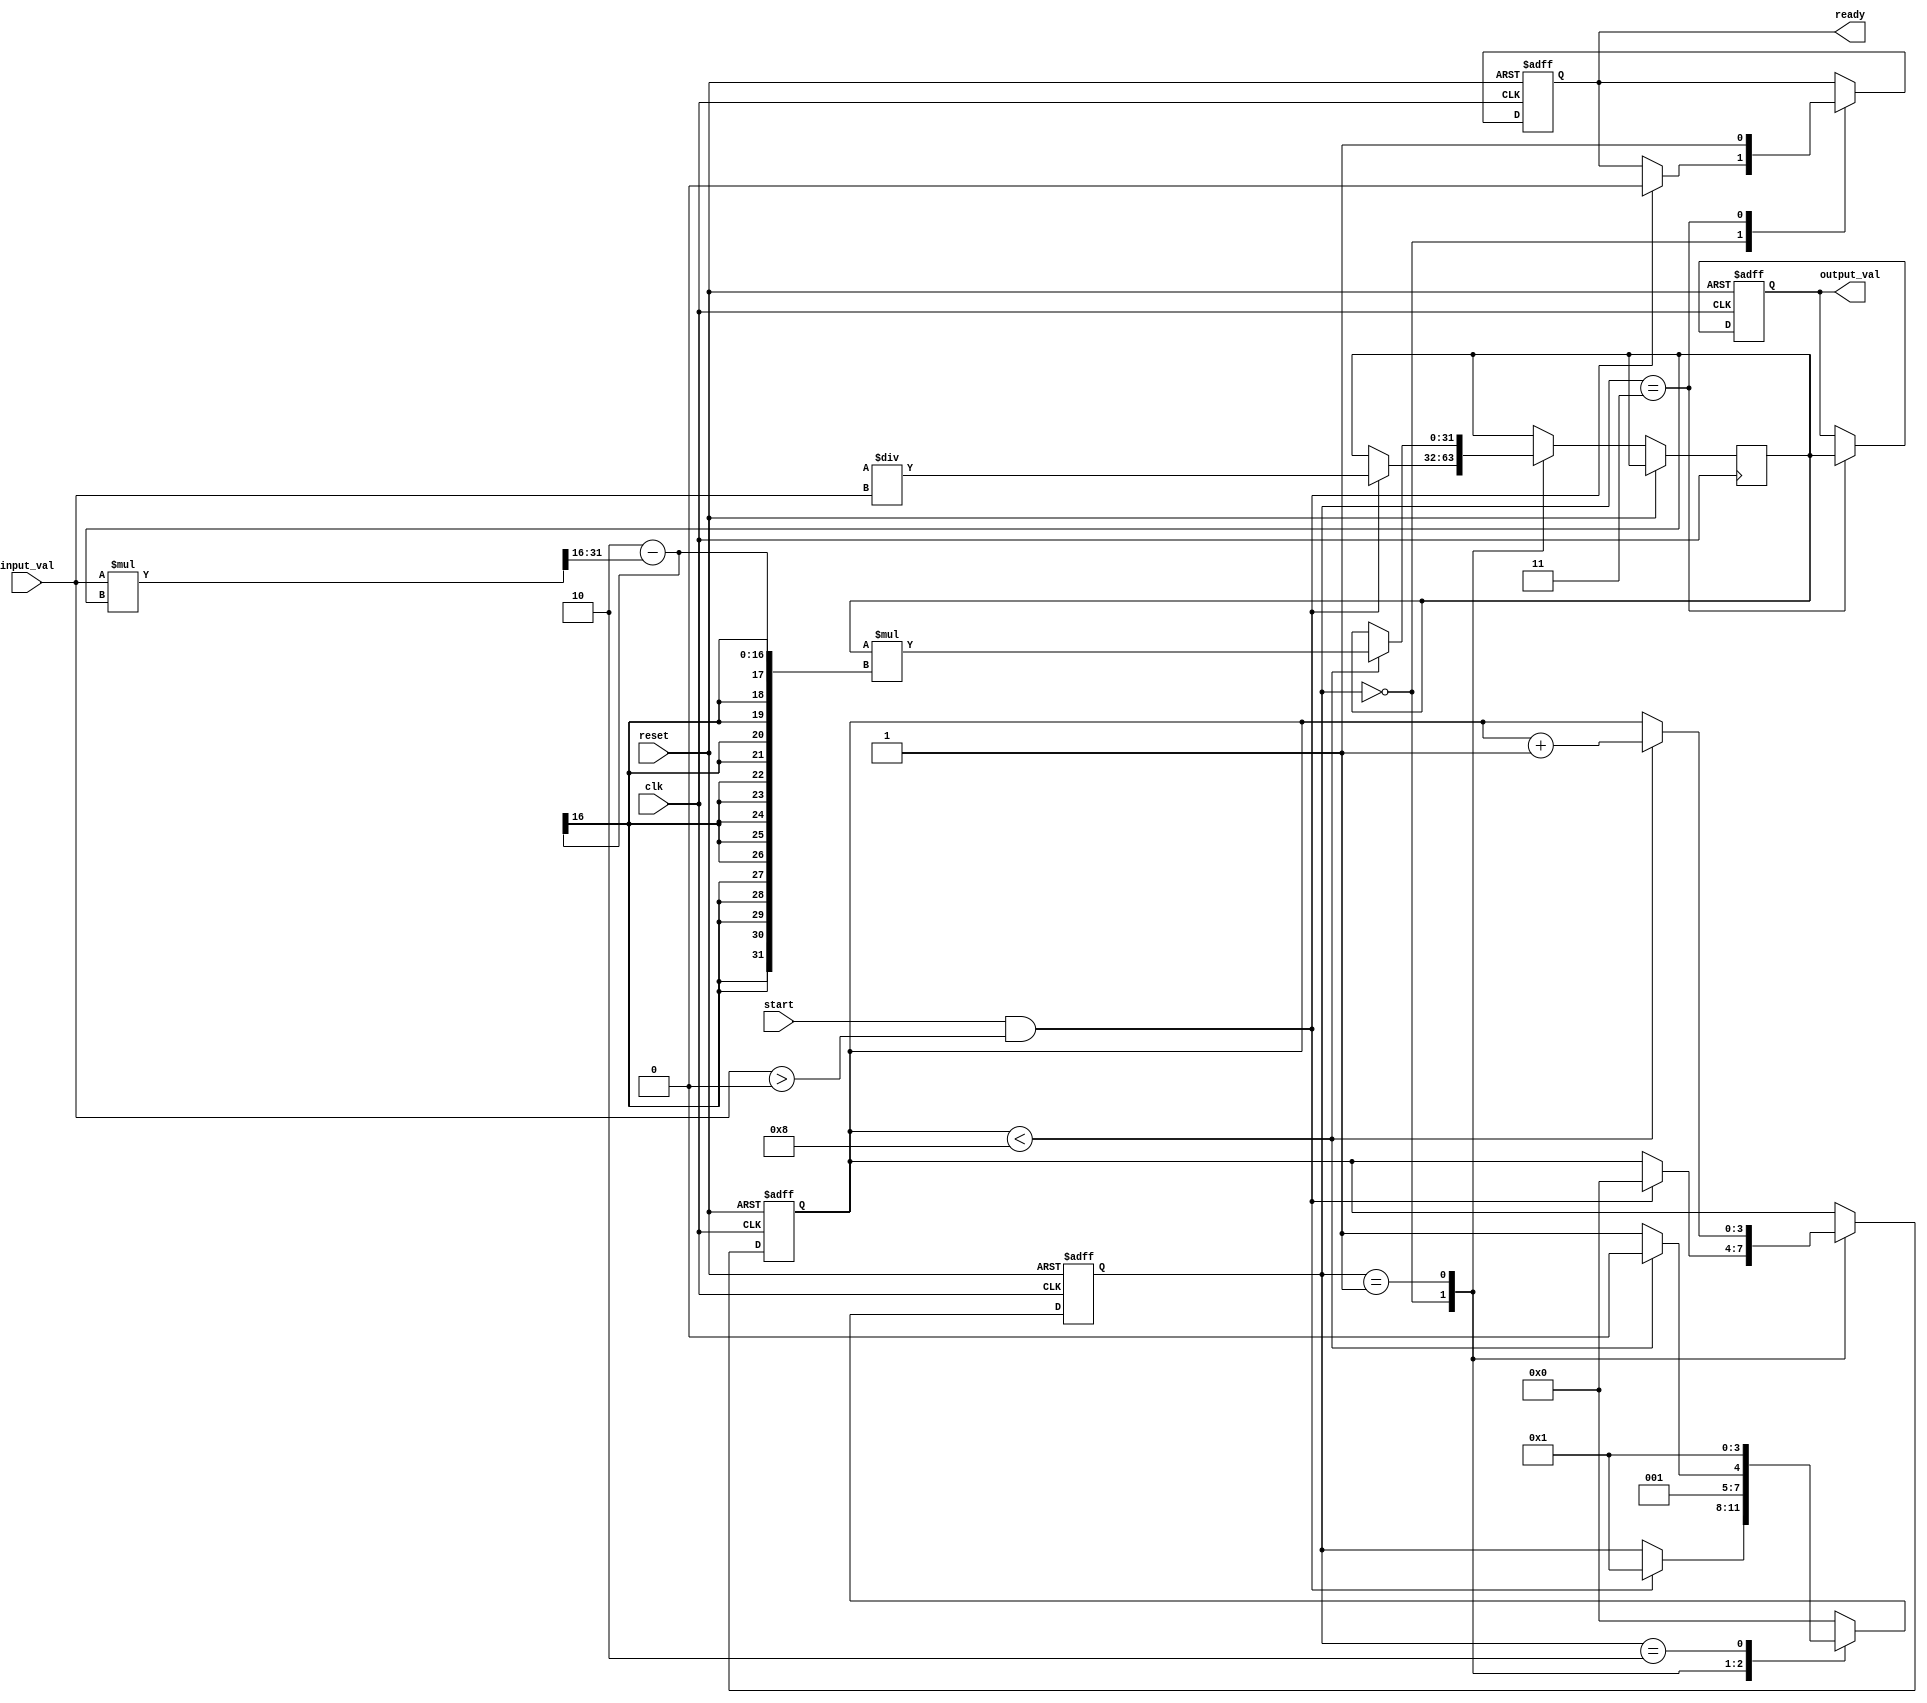
module BinaryFractionalReciprocal #(
    parameter N = 16,    // Input width
    parameter M = 32     // Output width
)(
    input wire clk,
    input wire reset,
    input wire start,
    input wire [N-1:0] input_val,
    output reg [M-1:0] output_val,
    output reg ready
);

    reg [M-1:0] approx; // Internal approximation for reciprocal
    reg [3:0] state; // FSM State
    reg [3:0] counter; // Counter for iterations
    
    localparam IDLE = 4'b0000,
               INIT = 4'b0001,
               ITERATE = 4'b0010,
               DONE = 4'b0011;

    // Initialize the output
    always @(posedge clk or posedge reset) begin
        if (reset) begin
            output_val <= 0;
            ready <= 0;
            state <= IDLE;
            counter <= 0;
        end else begin
            case (state)
                IDLE: begin
                    if (start && input_val > 0) begin
                        approx <= (1 << M) / input_val; // Initial approximation
                        counter <= 0;
                        state <= INIT;
                        ready <= 0;
                    end
                end

                INIT: begin
                    if (counter < 8) begin // Number of iterations
                        approx <= approx * (2 - (input_val * approx >> (M - N)));
                        counter <= counter + 1;
                        state <= ITERATE;
                    end else begin
                        state <= DONE;
                    end
                end
                
                ITERATE: begin
                    // Continue with iterations
                    state <= INIT; // Go back to INIT for next iteration
                end
                
                DONE: begin
                    output_val <= approx;
                    ready <= 1; // Signal that output is ready
                    state <= IDLE; // Reset state machine
                end
                
                default: state <= IDLE;
            endcase
        end
    end
endmodule